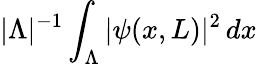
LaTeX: \vert\Lambda\vert^{-1}\int_{\Lambda}\vert\psi(x,L)\vert^{2}\, dx